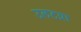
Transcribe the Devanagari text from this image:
उलटय़ा